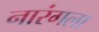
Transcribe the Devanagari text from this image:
नारंगला